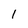
Character: 1